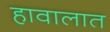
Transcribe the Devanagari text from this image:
हावालात